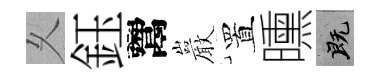
乆鈺鬻巖置曛既